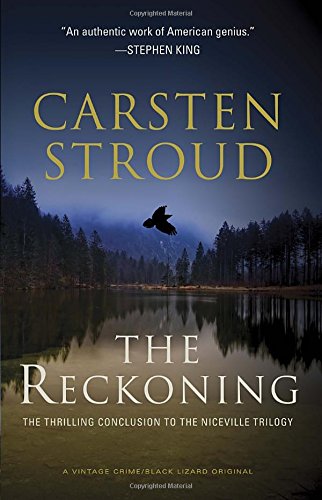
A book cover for The Reckoning: Book Three of the Niceville Trilogy (Vintage Crime/Black Lizard); Carsten Stroud; Mystery, Thriller & Suspense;